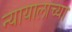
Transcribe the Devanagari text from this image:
न्यायालाच्या